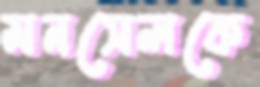
মনসেলকে